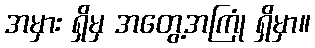
အမှား ရှိမှ အတွေ့အကြုံ ရှိမှာ။